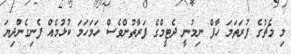
މި މެޗުގެ ފުރަތަމަ ހާފް ނިމުނީ ދެޓީމްގެ ފަރާތުންވެސް ހަމަހަމަ ކުޅުމެއް ފެނިގެންދިޔަ